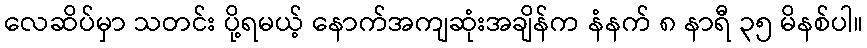
လေဆိပ်မှာ သတင်း ပို့ရမယ့် နောက်အကျဆုံးအချိန်က နံနက် ၈ နာရီ ၃၅ မိနစ်ပါ။